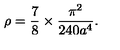
\rho = \frac { 7 } { 8 } \times \frac { \pi ^ { 2 } } { 2 4 0 a ^ { 4 } } .